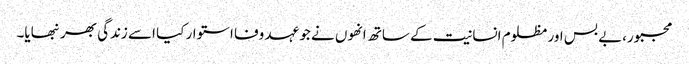
مجبور،بے بس اور مظلوم انسانیت کے ساتھ انھوں نے جو عہد وفا استوار کیا اسے زندگی بھر نبھایا۔